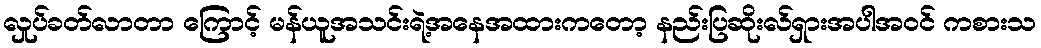
လှုပ်ခတ်လာတာ ကြောင့် မန်ယူအသင်းရဲ့အနေအထားကတော့ နည်းပြဆိုးလ်ရှားအပါအဝင် ကစားသ